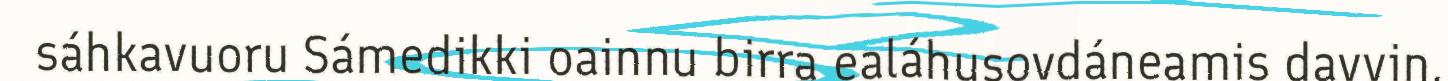
sáhkavuoru Sámedikki oainnu birra ealáhusovdáneamis davvin.